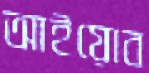
আইয়োব